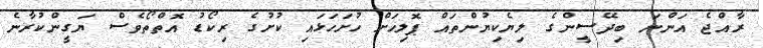
ރާއްޖެ އަންނަ ބިދޭސީންގެ ލިޔެކިޔުންތައް ޕޮލިހަށް ހުށަހަޅައި ކުށުގެ ރިކޯޑު އޮތްތޯވެސް ޔަގީންކުރާނެ